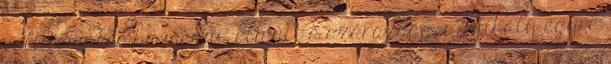
volt templomba menni, elmúlt a szárazság, s Mihály egyre